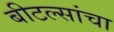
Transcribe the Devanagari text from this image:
बीटल्सांचा